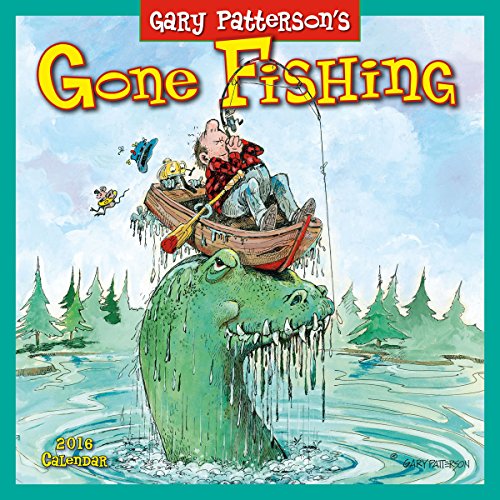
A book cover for Gone Fishing by Gary Patterson 2016 Wall Calendar; Gary Patterson; Calendars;